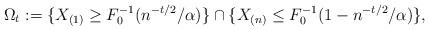
LaTeX: \begin{align*}\Omega_t := \{X_{(1)} \geq F_0^{-1}(n^{-t/2}/\alpha)\} \cap \{X_{(n)} \leq F_0^{-1}(1-n^{-t/2}/\alpha)\},\end{align*}